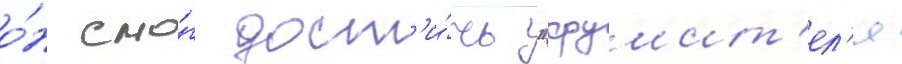
о́н смо́г дост'и́чь "крушит'ел'я